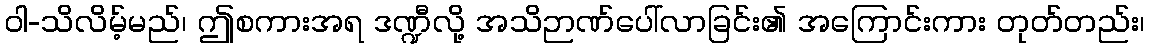
ဝါ-သိလိမ့်မည်၊ ဤစကားအရ ဒဏ္ဍီလို့ အသိဉာဏ်ပေါ်လာခြင်း၏ အကြောင်းကား တုတ်တည်း၊